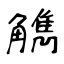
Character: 觹